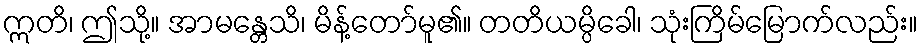
ဣတိ၊ ဤသို့။ အာမန္တေသိ၊ မိန့်တော်မူ၏။ တတိယမ္ပိခေါ၊ သုံးကြိမ်မြောက်လည်း။